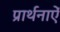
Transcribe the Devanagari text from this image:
प्रार्थनाऐं